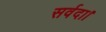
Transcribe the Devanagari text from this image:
सर्वदा।